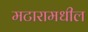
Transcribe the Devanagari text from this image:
मटारामधील